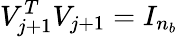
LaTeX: V_{j+1}^{T}V_{j+1}=I_{n_{b}}